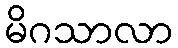
မိဂသာလာ